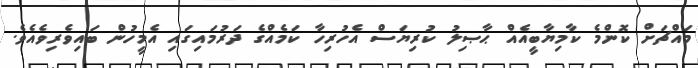
މައްޗަށް ކޮންމެ ކާމިޔާބީއެއް ޙާޞިލު ކުރިޔަސް އެހުރިހާ ކަމެއްގެ ދަރުމައިގައި އެމީހުން ބައިވެރިވެއެވެ.